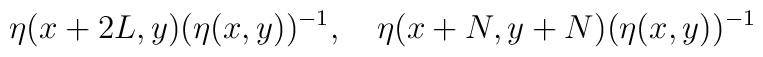
\eta(x+2L,y)(\eta(x,y))^{-1},\quad\eta(x+N,y+N)(\eta(x,y))^{-1}